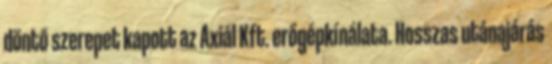
döntő szerepet kapott az Axiál Kft. erőgépkínálata. Hosszas utánajárás